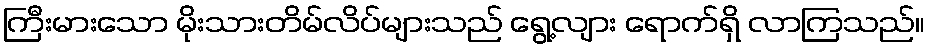
ကြီးမားသော မိုးသားတိမ်လိပ်များသည် ရွေ့လျား ရောက်ရှိ လာကြသည်။